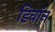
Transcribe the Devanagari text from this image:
डिवॉन